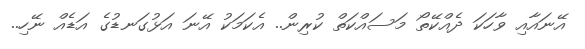
އޭނައާއި ވާހަކަ ދެއްކޭތޯ މަސައްކަތް ކުރިން.. އެކަމަކު އޭނަ އަޅުގަނޑުގެ އަޑެއް ނޭހި..